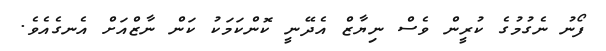
ފޯނު ނެގުމުގެ ކުރީން ވެސް ނިޔާޒް އެދޭނީ ކޮންކަމަކު ކަން ނާޒްއަށް އެނގެއެވެ.